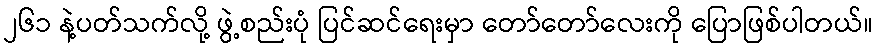
၂၆၁ နဲ့ပတ်သက်လို့ ဖွဲ့စည်းပုံ ပြင်ဆင်ရေးမှာ တော်တော်လေးကို ပြောဖြစ်ပါတယ်။